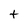
Character: t